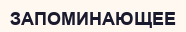
ЗАПОМИНАЮЩЕЕ